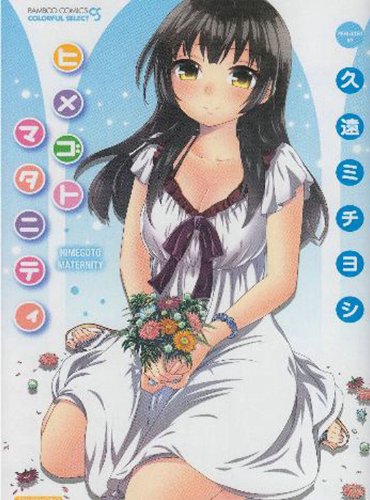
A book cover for Knock Me Up (Hentai Manga); Kuon Michiyoshi; Comics & Graphic Novels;